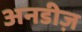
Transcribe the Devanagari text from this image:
अनडीज़